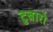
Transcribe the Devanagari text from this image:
टुबारो